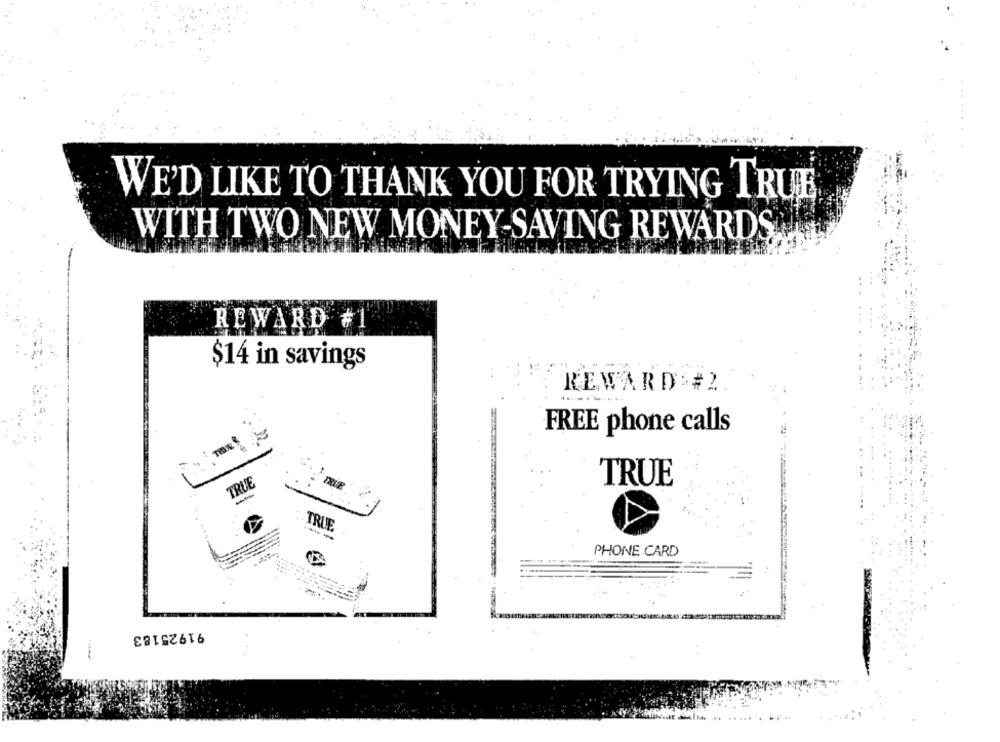
WE'D LIKE TO THANK YOU FOR TRYING TRUE
WITH TWO NEW MONEY-SAVING REWARDS
REWARD #1
$14 in savings
REWARD #2
FREE phone calls
TRUE
TRUE
TRUE
--
PHONE CARD
91925183